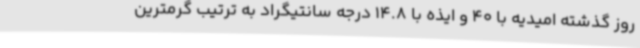
روز گذشته امیدیه با 40 و ایذه با 14.8 درجه سانتیگراد به ترتیب گرمترین